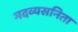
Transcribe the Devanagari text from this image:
मदव्यसनिता